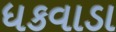
ધકવાડા